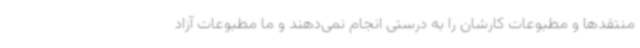
منتقدها و مطبوعات کارشان را به درستی انجام نمی‌دهند و ما مطبوعات آزاد